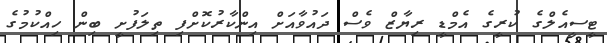
ޓީސީއެލްގެ ކުރީގެ އެމްޑީ ރިޔާޒް ވެސް ދައުވާއަށް އިންކާރުކޮށްފި ތިލަފުށީ ބިން ހިއްކުމުގެ